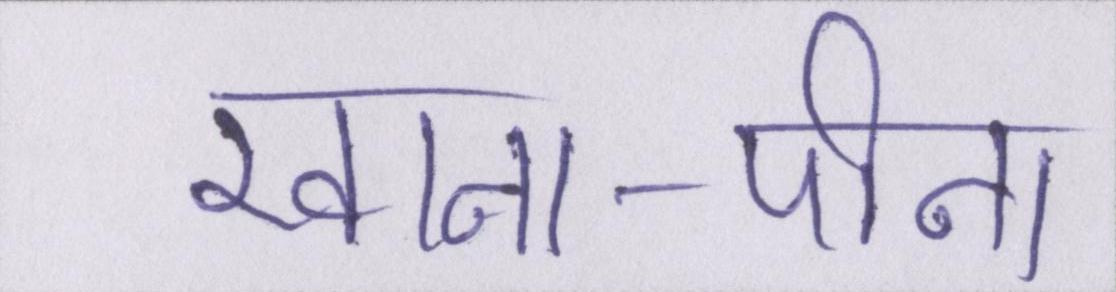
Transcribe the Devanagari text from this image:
खाना-पीना